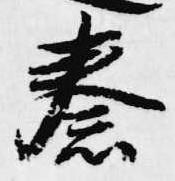
秦